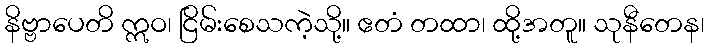
နိဗ္ဗာပေတိ ဣဝ၊ ငြိမ်းစေသကဲ့သို့။ ဧတံ တထာ၊ ထို့အတူ။ သုနီတေန၊